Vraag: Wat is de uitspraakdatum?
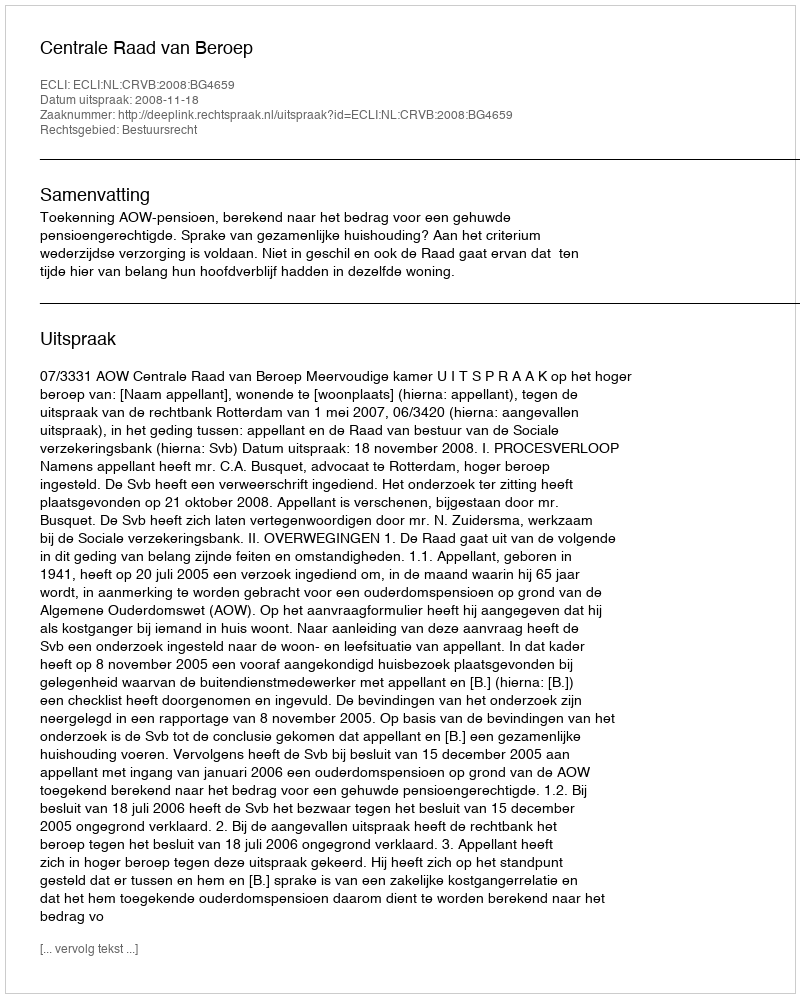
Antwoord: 2008-11-18